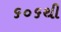
૬૦૬થી